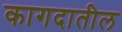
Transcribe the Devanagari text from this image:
कागदातील